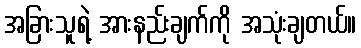
အခြားသူရဲ့ အားနည်းချက်ကို အသုံးချတယ်။